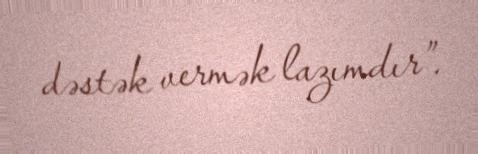
dəstək vermək lazımdır”.